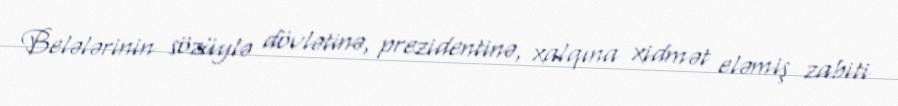
Belələrinin sözüylə dövlətinə, prezidentinə, xalqına xidmət eləmiş zabiti